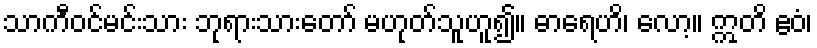
သာကီဝင်မင်းသား ဘုရားသားတော် မဟုတ်သူဟူ၍။ ဓာရေဟိ၊ လော့။ ဣတိ ဧဝံ၊